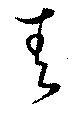
青